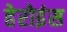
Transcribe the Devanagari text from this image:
हेरोइंस